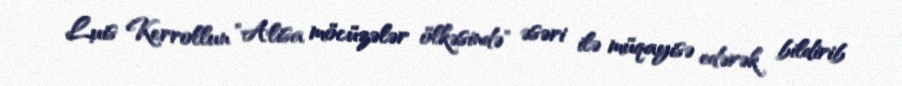
Luis Kerrollun "Alisa möcüzələr ölkəsində" əsəri ilə müqayisə edərək bildirib